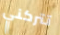
تتركني